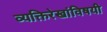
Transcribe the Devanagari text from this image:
व्यक्तिरेखांविषयी